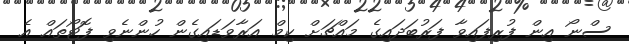
ސްނޯ އިން ފުރިފައިވާ ފަރުބަދައިގެ މައްޗަށް ކިމް އަރާވަޑައިގެން ހުންނެވި ފޮޓޯތައް އެ